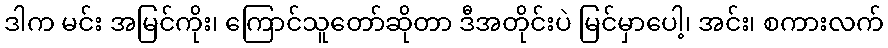
ဒါက မင်း အမြင်ကိုး၊ ကြောင်သူတော်ဆိုတာ ဒီအတိုင်းပဲ မြင်မှာပေါ့၊ အင်း၊ စကားလက်